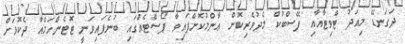
ދަގަނޑޭ މިއަދު ޓްވިޓާއާއި ފޭސްބުކް މެދުވެރިކޮށް ޢާންމުކޮށްފައިވާ ޕޯސްޓެއްގައި ބުނެފައިވަނީ ޓޮޓެންހަމްއާ ދެކޮޅަށް